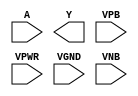
module sky130_fd_sc_ls__inv (
    //# {{data|Data Signals}}
    input  A   ,
    output Y   ,

    //# {{power|Power}}
    input  VPB ,
    input  VPWR,
    input  VGND,
    input  VNB
);
endmodule